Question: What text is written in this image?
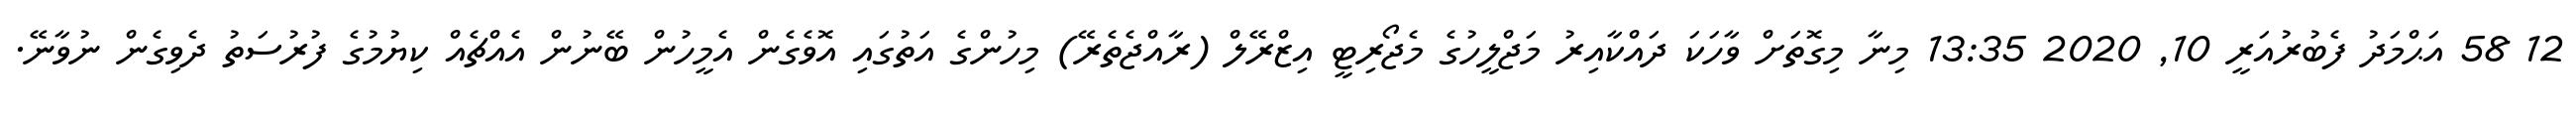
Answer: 12 58 އަޙްމަދު ފެބުރުއަރީ 10, 2020 13:35 މިނާ މިގޮތަށް ވާހަކަ ދައްކާއިރު މަޖްލީހުގެ މެޖޯރިޓީ އިޒްރޭލް (ރާއްޖެތެރޭ) މިހުންގެ އަތުގައި އޮވެގެން އެމީހުން ބޭނުން އެއްޗެއް ކިޔުމުގެ ފުރުސަތު ދެވިގެން ނުވާނޭ.